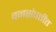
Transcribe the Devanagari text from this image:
वनसंपत्तीत